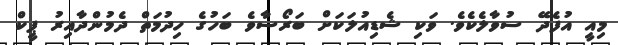
މިއީ އުފެދޭ ސުވާލެކެވެ. ވަކި ޝެޑިއުލަކަށް ބަރޯސާވެ ބަހުގެ ހިދުމަތް ދެމުންދާއިރު ޕީކް